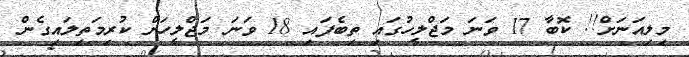
މިލިއަނަށް!! ކޮބާ 17 ވަނަ މަޖްލީހުގައި ތިބެފައި 18 ވަނަ މަޖްލީހަށް ކުރިމަތިލައިގެން